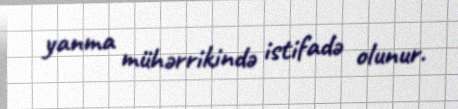
yanma mühərrikində istifadə olunur.